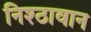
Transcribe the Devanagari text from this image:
निश्ठावान